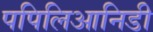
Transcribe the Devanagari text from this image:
पपिलिआनिडी